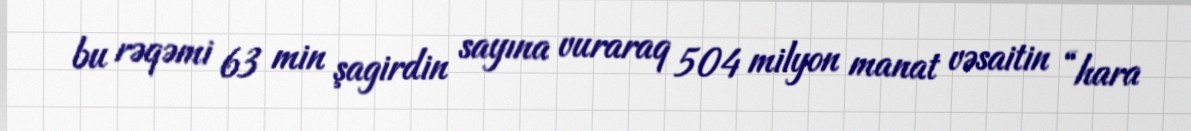
bu rəqəmi 63 min şagirdin sayına vuraraq 504 milyon manat vəsaitin “hara